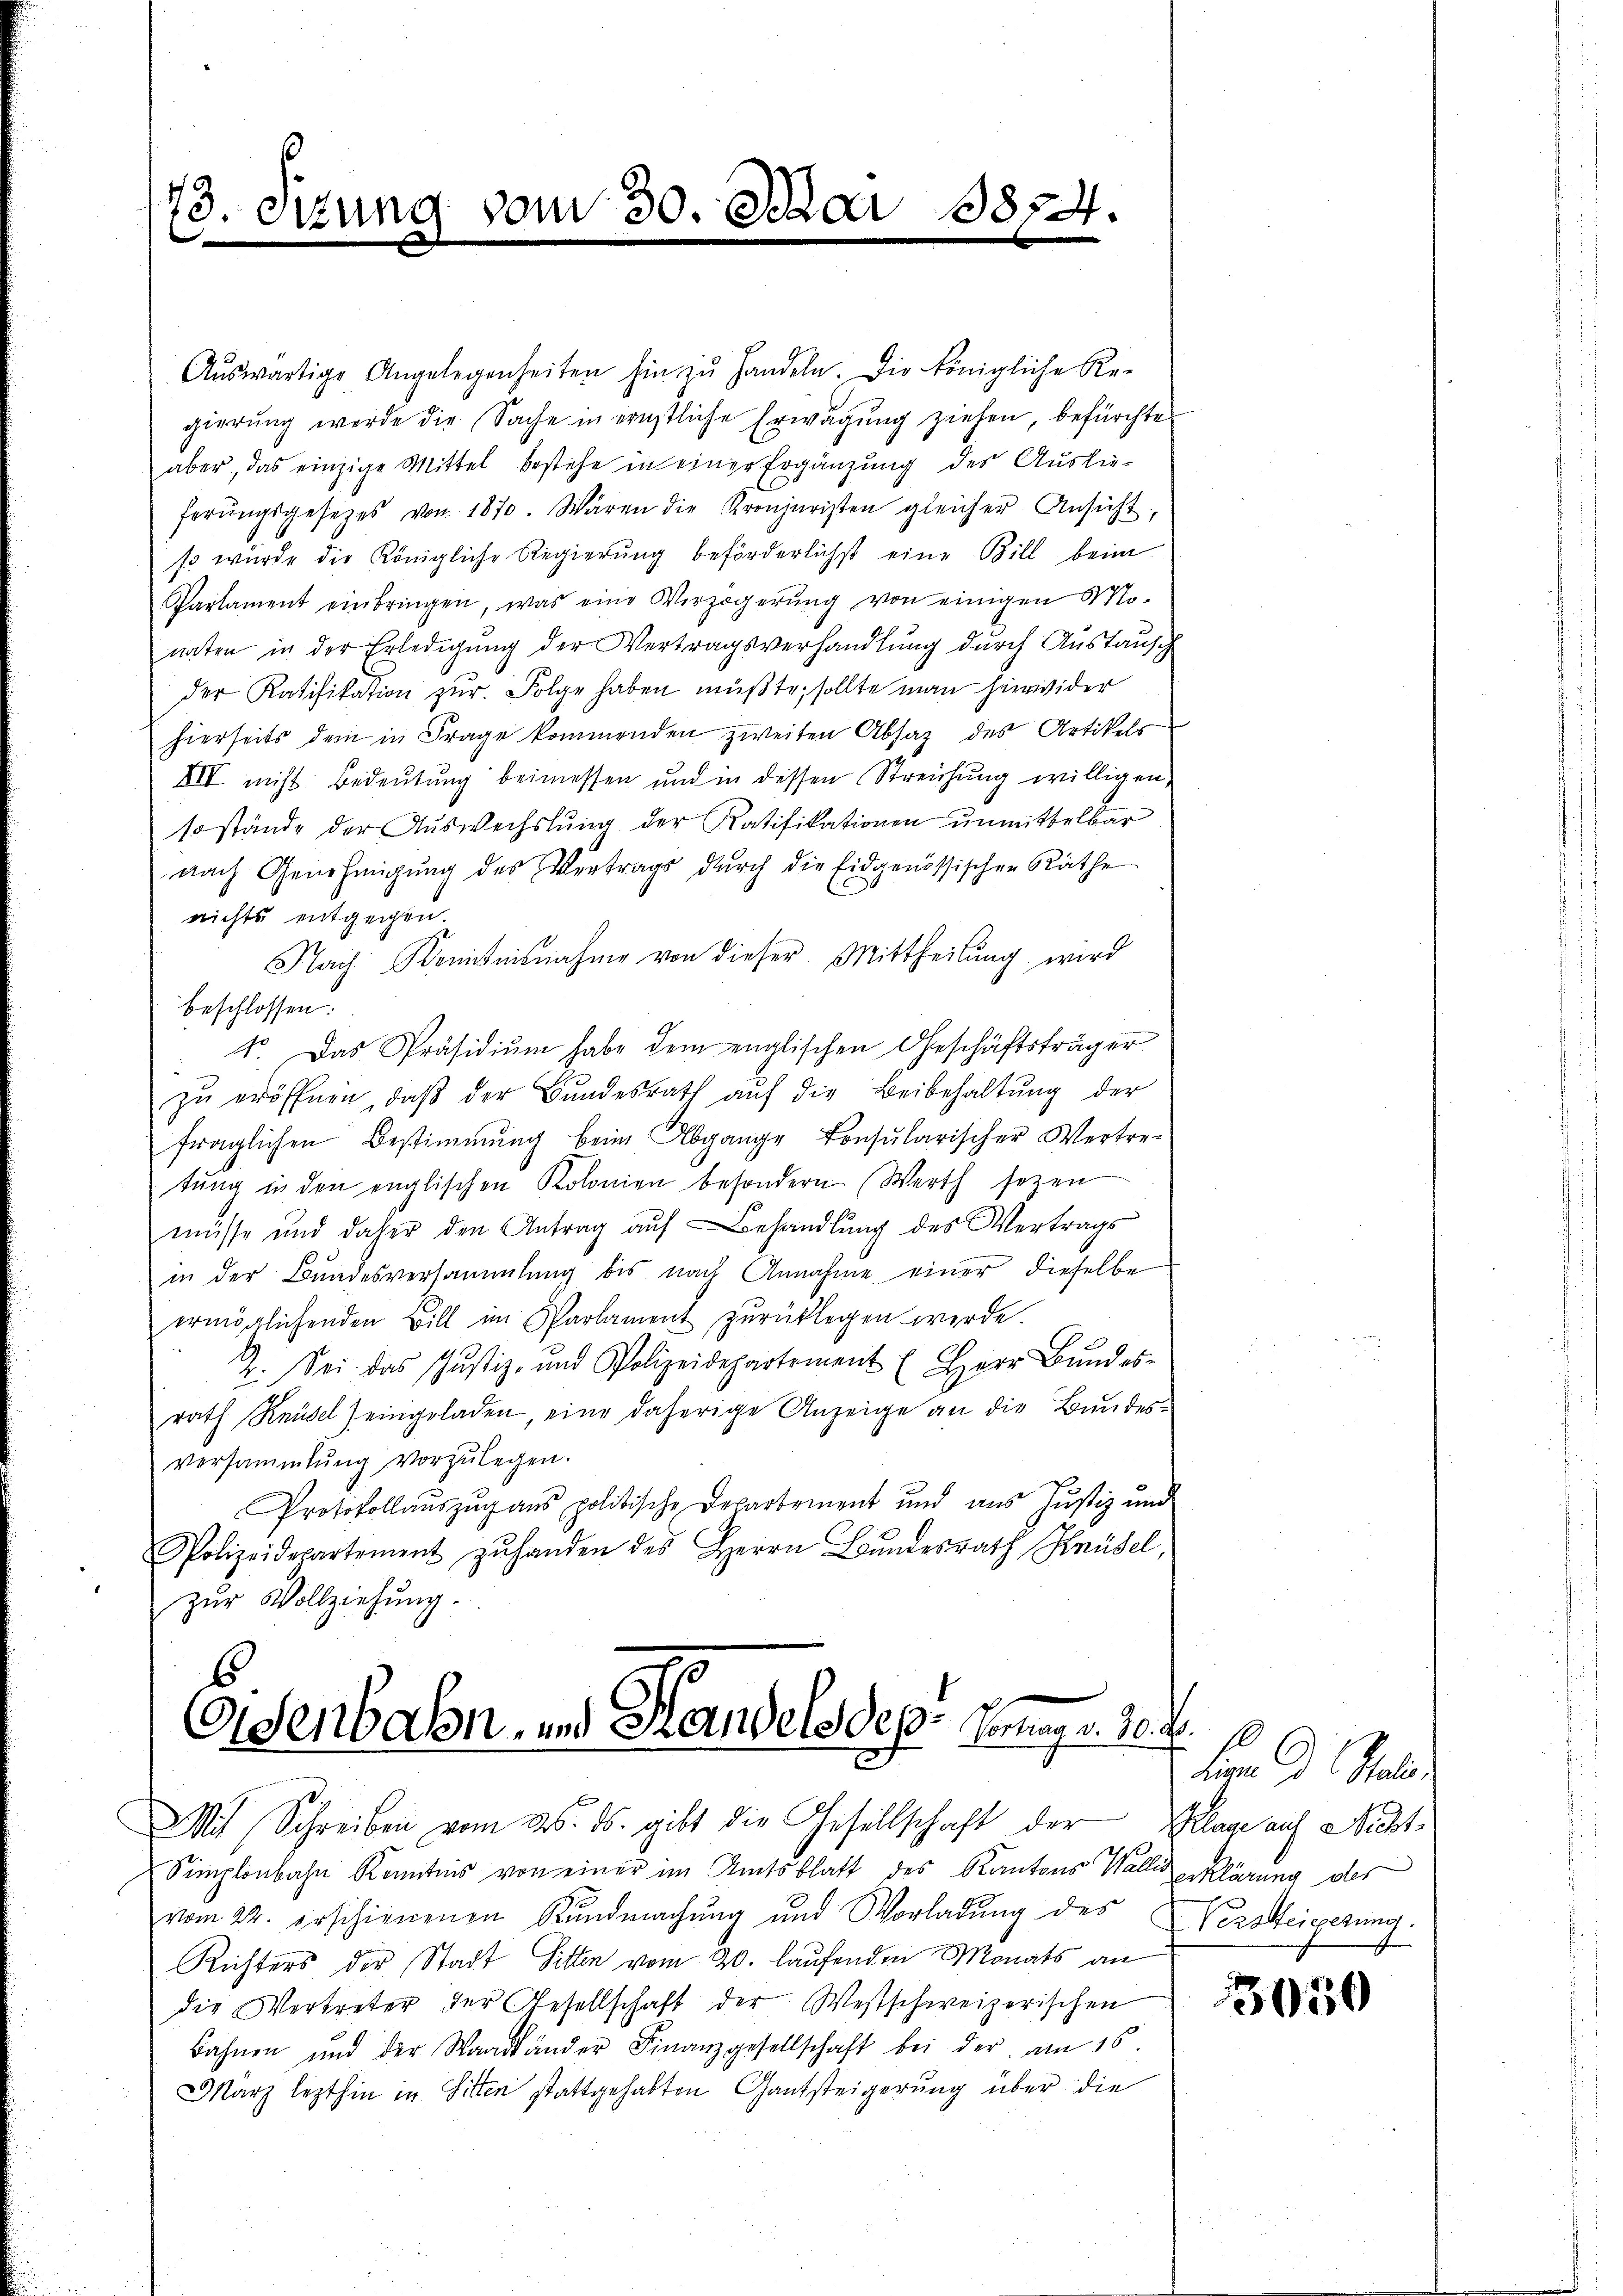
73. Sitzung vom 30. Schar

1874.

Aŭswärtige Angelegenheiten hin zŭ handeln. Die königliche Re-
gierung werde die Sache in ernstliche Erwägung ziehen, befürchte
aber, das einzige Mittel bestehe in einer Ergänzung des Auslie-
ferŭngsgesetzes von 1870. Wären die Kronjuristen gleicher Ansicht
so wurde die Königliche Regierung beförderlichst eine Bill beim
Parlament einbringen, was eine Verzögerŭng von einigen Mo-
naten in der Erledigung der Vertragsverhandlung durch Austausch
der Ratifikation zur Folge haben müßte, sollte man hierwider
hierseits dem in Frage kommenden zweiten Absatz des Artikels
XIV nicht Bedeutung beimessen und in dessen Streichung willigen.
so stände der Auswechslung der Ratifikationen unmittelbar
nach Genehmigŭng des Vertrags dŭrch die Eidgenössischen Räthe
nichts entgegen
Nach Kenntnisnahme von dieser Mittheilung wird
beschlossen:
1o. Das Präsidium habe dem englischen Geschäftsträger
zŭ eröffnen, daβ der Bŭndesrath aŭf die Beibehaltŭng der
fraglichen Bestimmung beim Abgange konsularischer Vertre-
tŭng in den englischen Kolonien besondern (Werth sezen
müsse und daher den Antrag aŭf Behandlŭng des Vertrags
in der Bundesversammlung bis nach Annahme einer dieselbe
ermöglichenden Bill im Parlament zurücklegen werde.
2. Sei das Justiz- und Polizeidepartement (Herr Bundes-
rath Reusel) eingeladen, eine daherige Anzeige an die Bundesversammlung vorzŭlegen.
Protokollauszug aus politische Departement und aus Justiz und
Polizeidepartement zŭ handen des Herrn Bŭndesrath Knüsel,
zur Vollziehung.

Eisenbahn und Handels dep. Genug. 10.
Mit Schreiben vom 25. ds. gibt die Gesellschaft der Klage auf Nicht-

Simplonbahn Kenntnis von einer im Amtsblatt des Kantons Walliserklärung des
vom 22. erschienenen Kundmachung und Vorladung des Versteigerung.
Richters der Stadt Sitten vom 20. laufenden Monats an
die Vertreter der Gesellschaft der Westschweizerischen
Bahnen und der Waadtländer Finanzgesellschaft bei der am 16.
März lezthin in Sitten stattgehabten Gantsteigerung über die

Fn D. Reli

3050